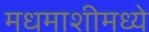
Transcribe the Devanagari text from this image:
मधमाशीमध्ये